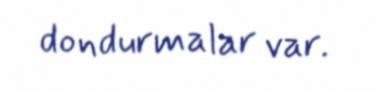
dondurmalar var.